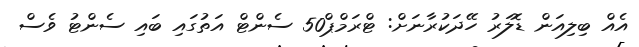
އެއް ބިލިއަން ޑޮލަރު ހޭދަކުރާނަށް: ޓްރަމްޕް50 ސެންޓް އަތުގައި ބައި ސެންޓު ވެސް